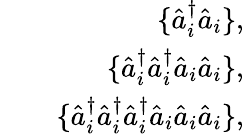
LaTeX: \begin{array}{rlr}&{}&{\{ \hat{a}_{i}^{\dagger}\hat{a}_{i}\} ,}\\ &{}&{\{ \hat{a}_{i}^{\dagger}\hat{a}_{i}^{\dagger}\hat{a}_{i}\hat{a}_{i}\} ,}\\ &{}&{\{ \hat{a}_{i}^{\dagger}\hat{a}_{i}^{\dagger}\hat{a}_{i}^{\dagger}\hat{a}_{i}\hat{a}_{i}\hat{a}_{i}\} ,}\end{array}